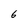
Character: 6